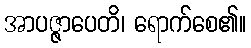
အာပဇ္ဇာပေတိ၊ ရောက်စေ၏။